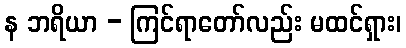
န ဘရိယာ - ကြင်ရာတော်လည်း မထင်ရှား၊